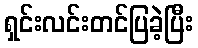
ရှင်းလင်းတင်ပြခဲ့ပြီး